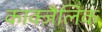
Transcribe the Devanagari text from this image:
काक्ज़ैलिक